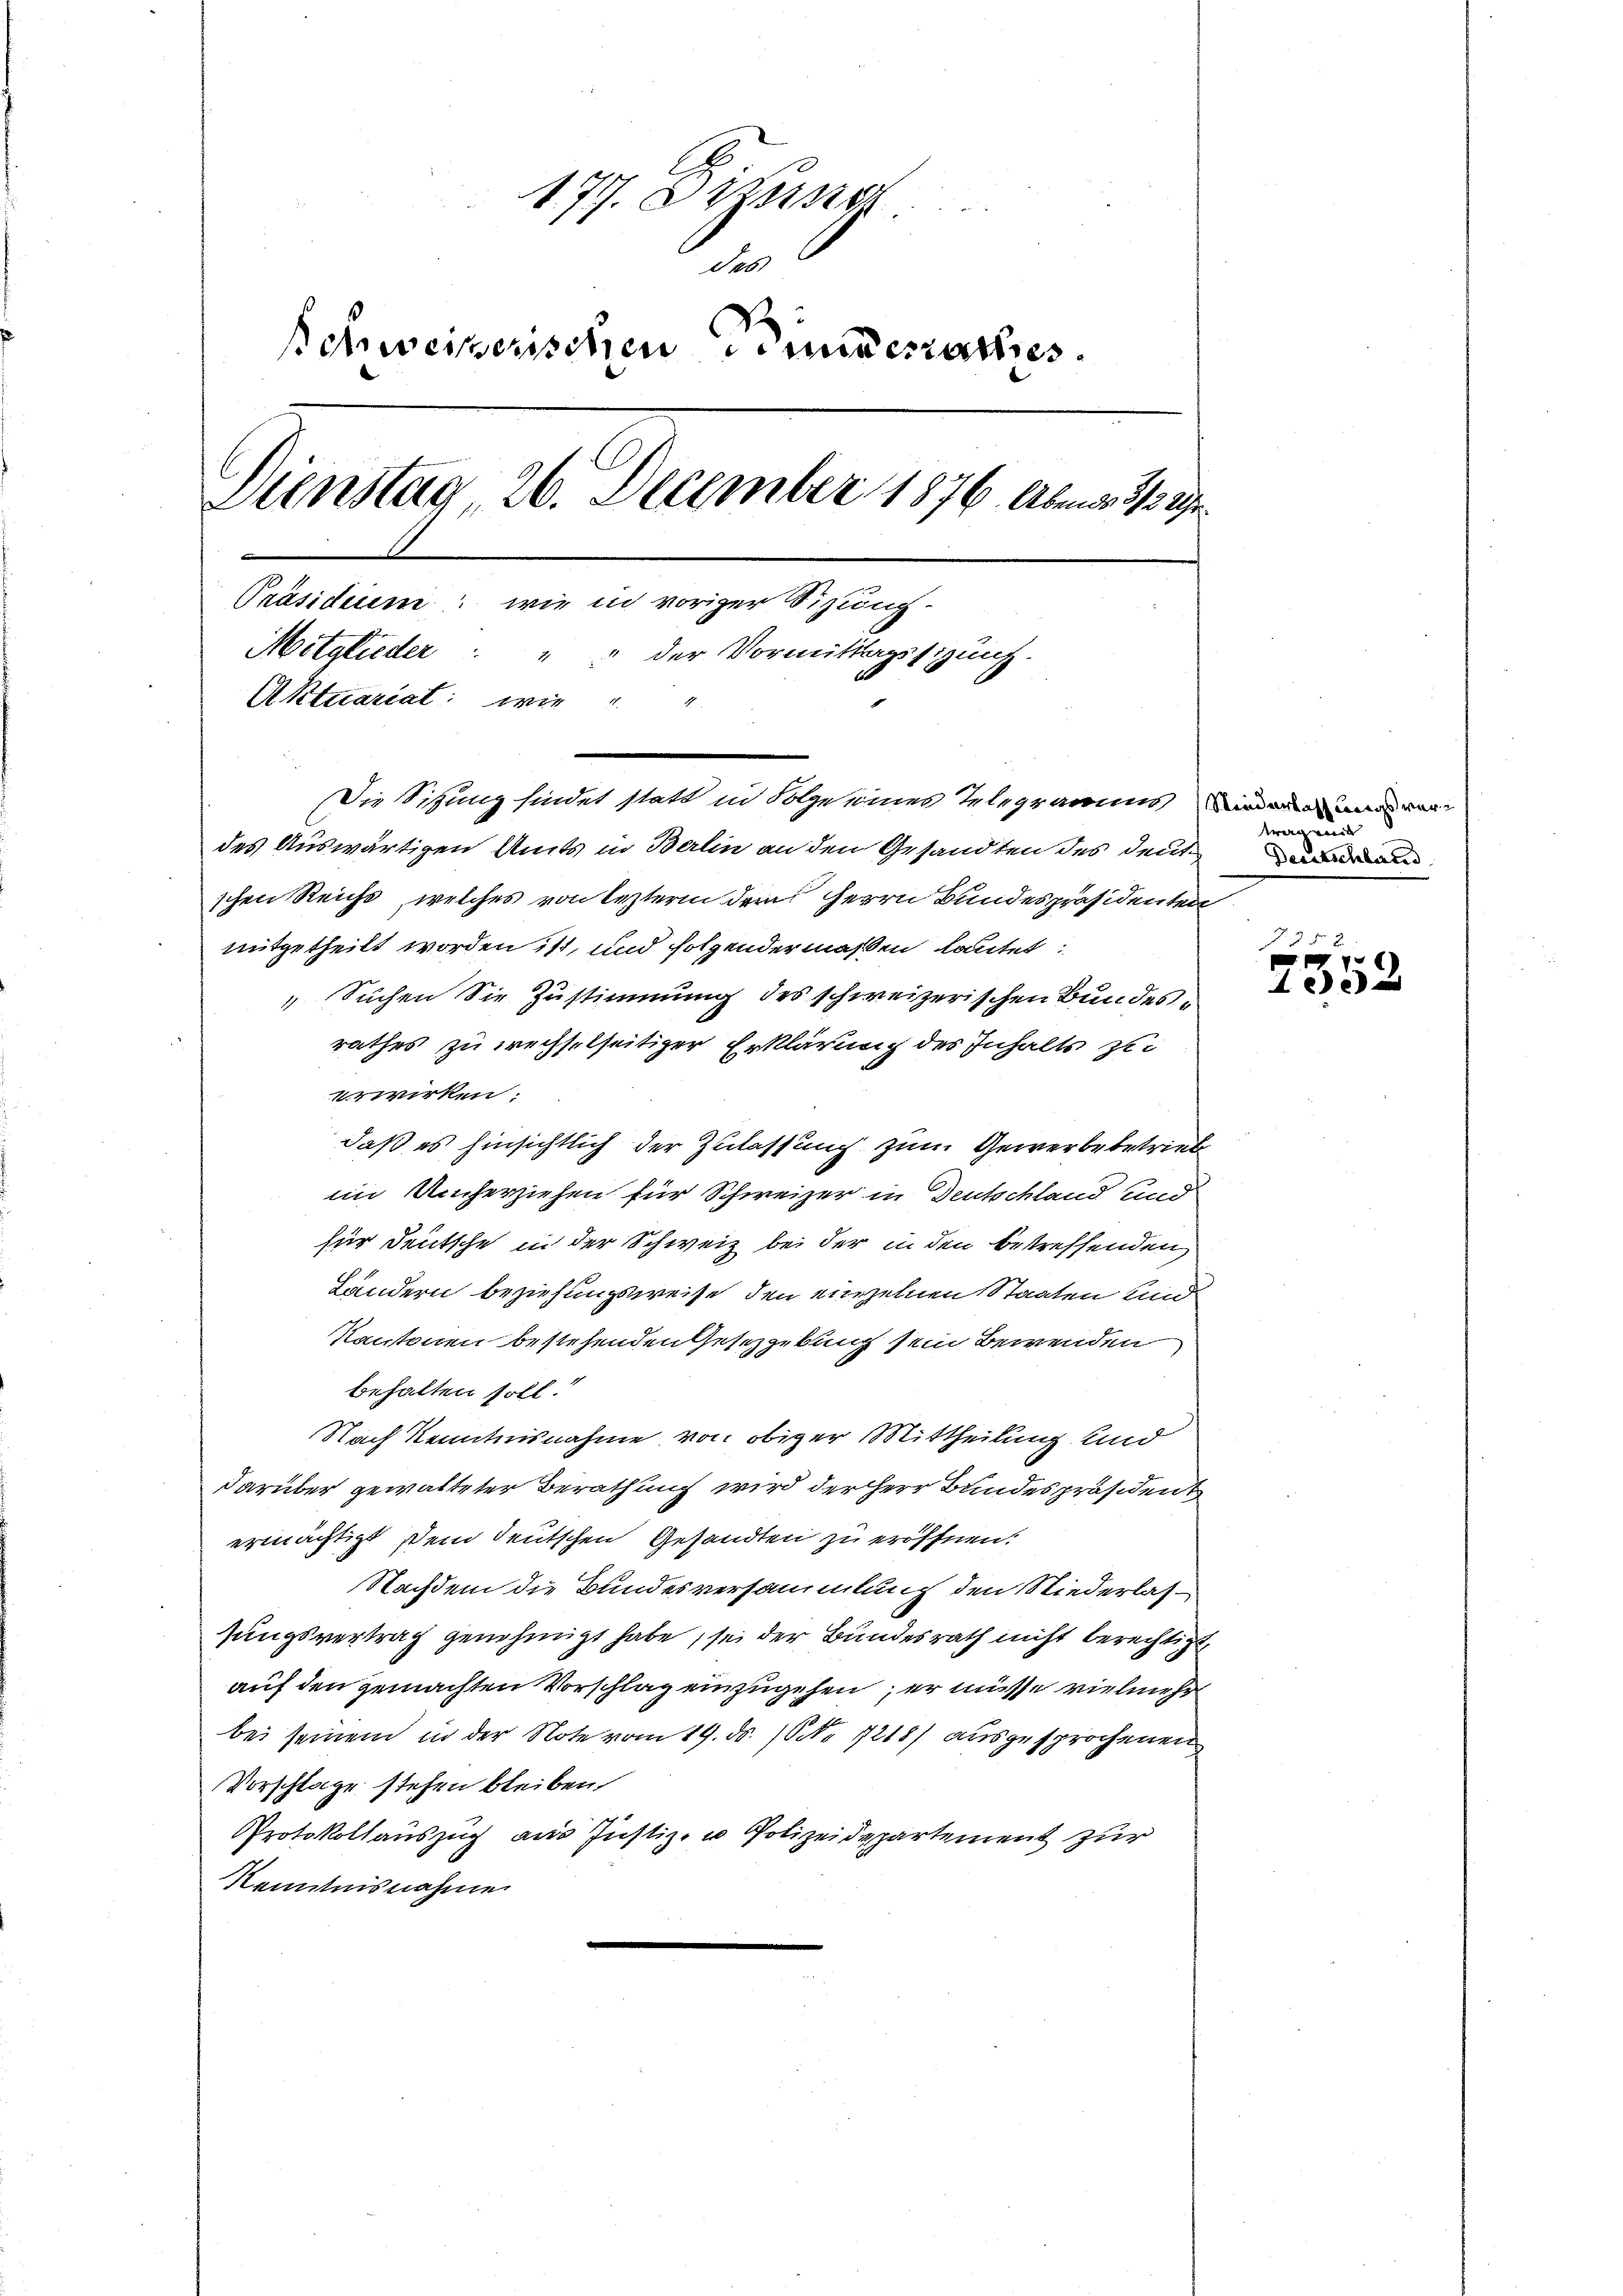
177. Dizung
des
schweizerischen Sinnerrathes.
Dienstag, 26. December 1876. Aber 1/12 49.
Präsidium: wie in voriger Sitzung
Mitglieder: " " der Vormittagssitzung.
Aktuariat: wie

Die Sitzung findet statt in Folge eines Telegramms in

des Auswärtigen Amts in Berlin an den Gesandten des deuten
schen Reichs, welches von Resterin dem Herrn Bundespräsidenten
mitgetheilt worden ist, und folgendermaßen lautet:
 Suchen Sie Zustimmung des schweizerischen Bundesrathes zu wechselseitiger Erklärung des Inhalte zei
erwirken:
daß es hinsichtlich der Zulassung zum Gewerbebetrieb
im Umherziehen für Schweizer in Deutschland und
für deutsche in der Schweiz bei der in den betreffenden
Ländern beziehungsweise den einzelnen Staaten und
Kantonen bestehenden Gesetzgebung sein Bewenden
behalten soll.
Nach Kenntnisnahme von obiger Mittheilung und
darüber gewalteter Berathung wird der Herr Bundespräsident
ermächtigt, Dein deutschen Gesandten zu eröffnen:
Nachdem die Bundesversammlung den Niederlassungsvertrag genehmigt habe, sei der Bundesrath nicht berechtigt
auf den gemachten Vorschlag einzugehen, er müsse vielmehr
bei seinem in der Note vom 19. ds. 10 No 1218) ausgesprochenen
Vorschlage stehen bleiben,
Protokollauszug aus Justiz- u Polizeidepartement zur
Kenntnisnahme

tragende

7. 352
f xx
f 2 x